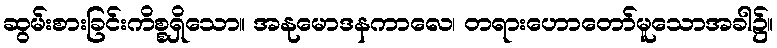
ဆွမ်းစားခြင်းကိစ္စရှိသော။ အနုမောဒနကာလေ၊ တရားဟောတော်မူသောအခါ၌။